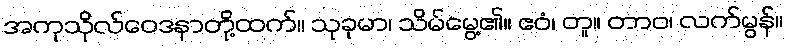
အကုသိုလ်ဝေဒနာတို့ထက်။ သုခုမာ၊ သိမ်မွေ့၏။ ဧဝံ၊ တူ။ တာဝ၊ လက်မွန်။